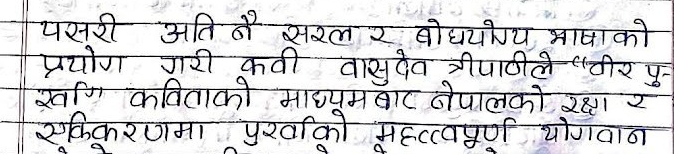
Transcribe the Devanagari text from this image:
पसरी अति नै सरल र बोधयोग्य भाषाको
प्रयोग गरी कवि वासुदेव त्रिपाठीले “वीर पु-
र्खा” कविताको माध्यमबाट नेपालको रक्षा र
एकीकरणमा पुर्खाको महत्वपूर्ण योगदान